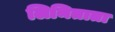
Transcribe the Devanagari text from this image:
लिमिताता